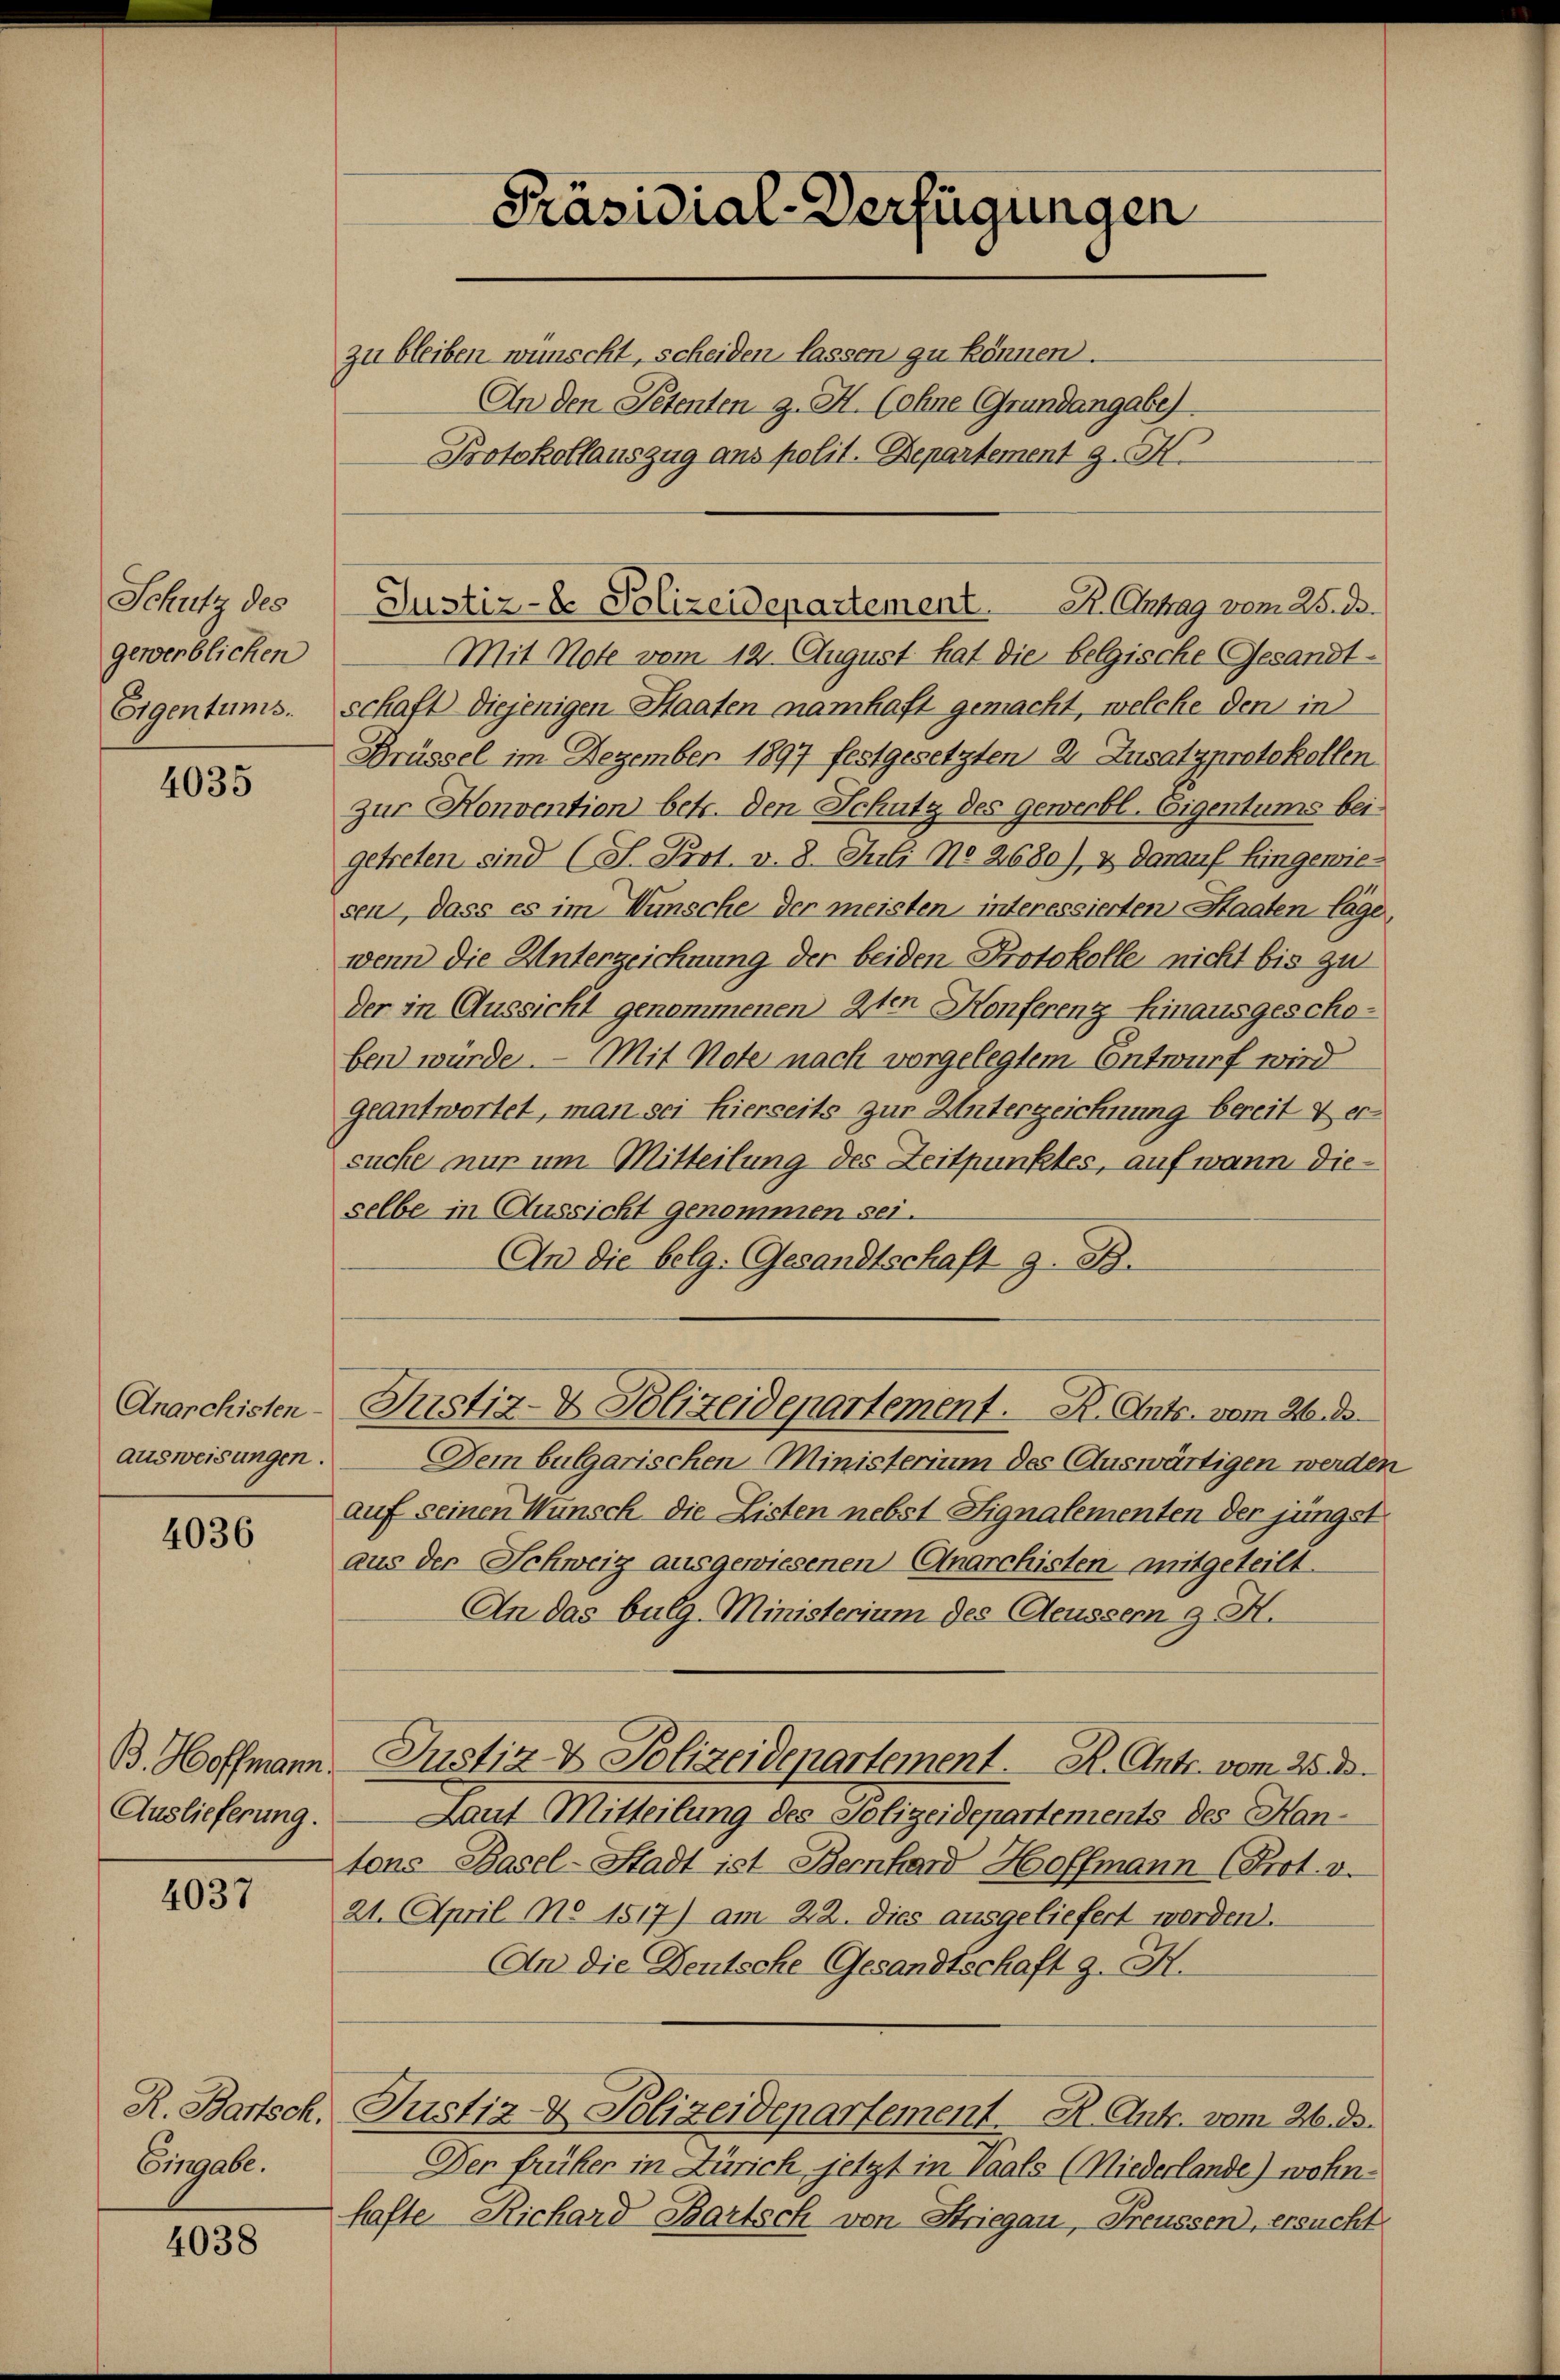
Schutz des
gewerblichen
Eigentums.

4035

Anarchisten
ausweisungen.

4036

Auslieferung.

4037

Eingabe.

4038

Präsidial-Verfügungen

zu bleiben wünscht, scheiden lassen zu können.
An den Petenten z. H. (ohne Grundangabe)
Protokollauszug ans polit. Departement J. H.

R. Antrag vom 25. ds.
Justiz- & Polizeidepartement

Mit Note vom 12. August hat die belgische Gesandtschaft diejenigen Staaten namhaft gemacht, welche den in
Brüssel im Dezember 1897 festgesetzten 2. Zusatzprotokollen
zur Konvention betr. den Schutz des Gewerbl-Eigentums beigetreten sind (S. Prot. v. 8. Juli No 2680), & darauf Eingewie-
sen, dass es im Wünsche der meisten interessierten Staatenlage,
wenn die Unterzeichnung der beiden Protokolle nicht bis zu
der in Aussicht genommenen 9ten Konferenz hinausgeschoben würde. — Mit Note nach vorgelegtem Entwurf wird
geantwortet, man sei hierseits zur Unterzeichnung bereit & ersuche nur um Mitteilung des Zeitpunktes, auf wann dieselbe in Aussicht genommen sei.
An die belg. Gesandtschaft z. B.
Dem bulgarischen Ministerium des Auswärtigen werden
auf seinen Wunsch die Listen nebst Signalementen der jüngst
aus der Schweiz ausgewiesenen (Anarchisten mitgeteilt.
An das bulg. Ministerium des Aeussern § H.
B. Hoffmann, Justiz & Polizeidepartement. K. Antr. vom 25. ds.
Laut Mitteilung des Polizeidepartements des Hantons Basel-Stadt ist Bernhard Hoffmann (Prot. v.
21. April No 1517) am 22. Dies ausgeliefert worden.
An die Deutsche Gesandtschaft z. B.
R. Bartsch, Justiz- & Polizeidepartement H. Antr. vom 26. ds.
Der früher in Zürich jetzt in Vaals (Niederlande) wohn
hafte Richard Bartsch von Striegau, Freussen, ersucht

Justiz- & Polizeidepartement. K. Ants. vom 26. d.